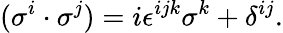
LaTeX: (\sigma^{i}\cdot\sigma^{j})=i\epsilon^{ijk}\sigma^{k}+\delta^{ij}.